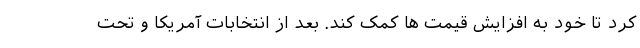
کرد تا خود به افزایش قیمت ها کمک کند. بعد از انتخابات آمریکا و تحت